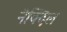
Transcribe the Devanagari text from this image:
नेक्दिल